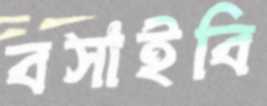
বসাইবি